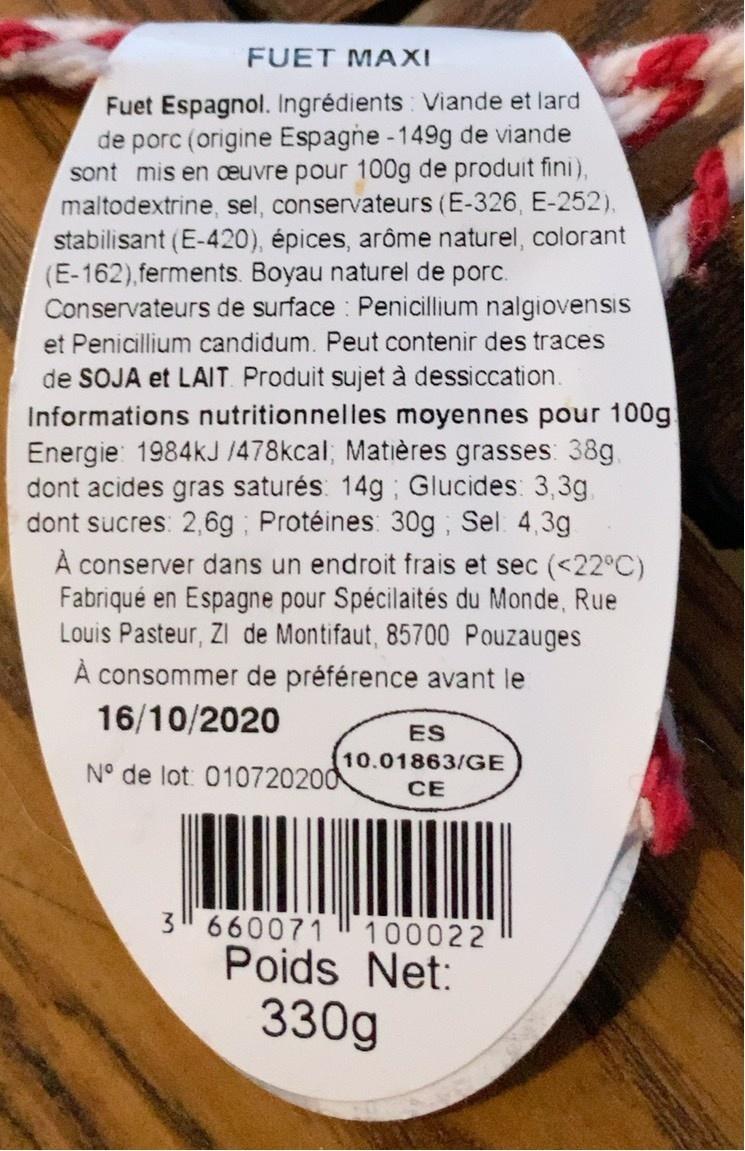
FUET MAXI
Fuet Espagnol. Ingrédients Viande et lard de porc (origine Espagne -149g de viande sont mis en æuvre pour 100g de produit fini), maltodextrine, sel, conservateurs (E-326, E-252),
stabilisant (E-420), épices, arôme naturel, colorant (E-162), ferments. Boyau naturel de porc. Conservateurs de surface : Penicillium nalgiovensis
et Penicillium candidum. Peut contenir des traces
de SOJA et LAIT. Produit sujet à dessiccation. Informations nutritionnelles moyennes pour 100g! Energie: 1984kJ /478kcal; Matières grasses: 38g. dont acides gras saturés: 14g Glucides: 3,3g, dont sucres: 2,6g Protéines: 30g; Sel 4,3g À conserver dans un endroit frais et sec (<22°C) Fabriqué en Espagne pour Spécilaités du Monde, Rue Louis Pasteur, ZI de Montifaut, 85700 Pouzauges
À consommer de préférence avant le
16/10/2020
ES
10.01863/GE
N° de lot: 010720200
СЕ
3" 660071 l 100022
Poids Net:
330g